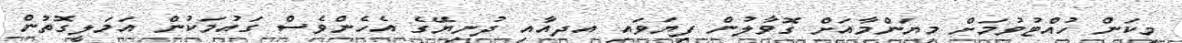
މިކަން ހުއްޓުވުމަށް މިޔަންމާއަށް ގޮވާލުން ފިޔަވައި އދއާއި ދުނިޔޭގެ އެހެންވެސް ގައުމަކުން އަމަލީގޮތުން